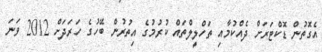
އެގޮތުން ޑޮކްޓަރަށް ދެއްކުމާއި ތަހްލީލްތައް ކުރުމުގެ އިތުރުން ބޭހުގެ ހަރަދަށް 2012 ވަނަ